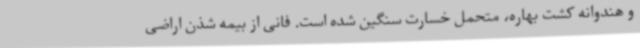
و هندوانه کشت بهاره، متحمل خسارت سنگین شده است. فانی از بیمه شذن اراضی